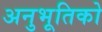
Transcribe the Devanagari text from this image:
अनुभूतिको